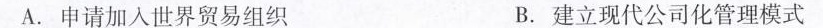
A.申请加入世界贸易组织 B.建立现代公司化管理模式